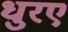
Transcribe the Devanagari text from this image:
धुरए